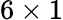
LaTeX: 6\times 1